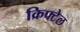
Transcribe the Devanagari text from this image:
क्रिफ्टेल